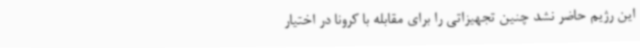
این رژیم حاضر نشد چنین تجهیزاتی را برای مقابله با کرونا در اختیار